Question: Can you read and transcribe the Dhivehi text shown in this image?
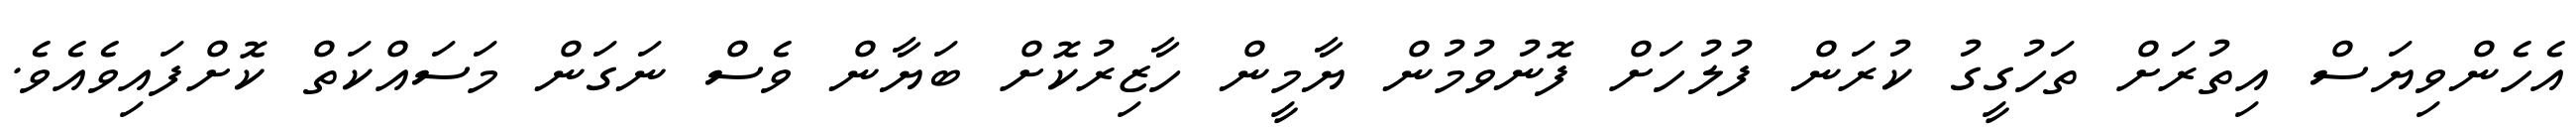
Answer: އެހެންވިޔަސް އިތުރަށް ތަހުގީގު ކުރަން ފުލުހަށް ފޮނުވުމުން ޔާމީން ހާޒިރުކޮށް ބަޔާން ވެސް ނަގަން މަސައްކަތް ކޮށްފައިވެއެވެ.